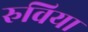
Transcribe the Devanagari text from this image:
रुविया